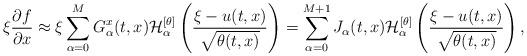
LaTeX: \begin{align*} \xi \frac{\partial f}{\partial x} \approx \xi \sum_{\alpha=0}^M G^x_{\alpha}(t,x) \mathcal{H}^{[\theta]}_{\alpha} \left( \frac{\xi - u(t,x)}{\sqrt{\theta(t,x)}} \right) = \sum_{\alpha=0}^{M+1} J_{\alpha}(t,x) \mathcal{H}^{[\theta]}_{\alpha} \left( \frac{\xi - u(t,x)}{\sqrt{\theta(t,x)}} \right),\end{align*}